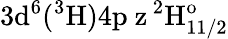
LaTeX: \mathrm{3d^{6}(^{3}H)4p\ z\, ^{2}H_{11/2}^{o}}